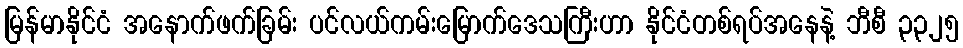
မြန်မာနိုင်ငံ အနောက်ဖက်ခြမ်း ပင်လယ်ကမ်းမြောက်ဒေသကြီးဟာ နိုင်ငံတစ်ရပ်အနေနဲ့ ဘီစီ ၃၃၂၅